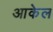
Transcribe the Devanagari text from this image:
आकेल